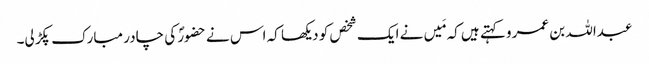
عبداللہ بن عمرو کہتے ہیں کہ مَیں نے ایک شخص کو دیکھا کہ اس نے حضورؐ کی چادر مبارک پکڑ لی۔